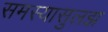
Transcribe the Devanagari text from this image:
समस्यासुलझ